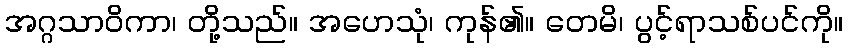
အဂ္ဂသာဝိကာ၊ တို့သည်။ အဟေသုံ၊ ကုန်၏။ တေမိ၊ ပွင့်ရာသစ်ပင်ကို။